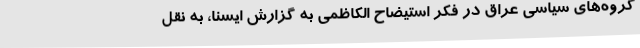
گروه‌های سیاسی عراق در فکر استیضاح الکاظمی به گزارش ایسنا، به نقل